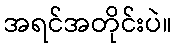
အရင်အတိုင်းပဲ။